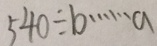
5 4 0 \div b \cdots a